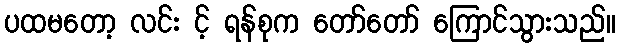
ပထမတော့ လင်း င့် ရန်စုက တော်တော် ကြောင်သွားသည်။